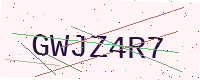
Text: GWJZ4R7